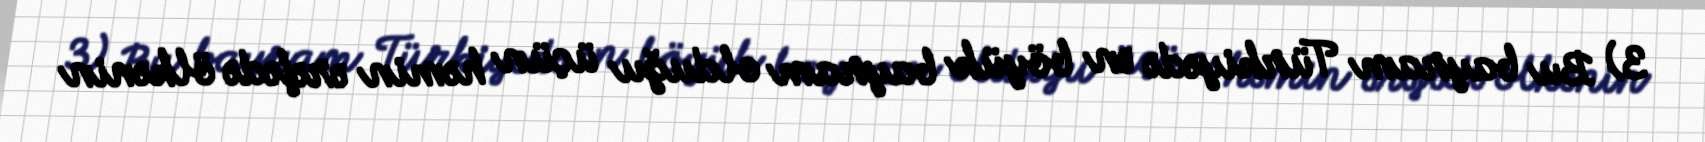
3) Bu bayram Türkiyədə ən böyük bayram olduğu üçün həmin ərəfədə ölkənin